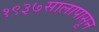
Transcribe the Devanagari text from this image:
१९३७सालापासून